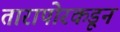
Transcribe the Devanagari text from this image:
तारापोरकडून